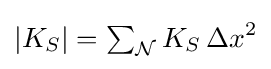
|K_{S}|=\textstyle \sum _{\mathcal {N}}\displaystyle K_{S}\,\Delta x^{2}